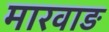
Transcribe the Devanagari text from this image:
मारवाङ